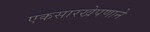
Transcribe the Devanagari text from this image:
एकसारखेपणाने